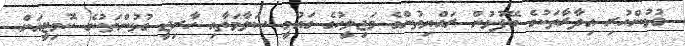
ގުޅުންހުރި އިދާރާތަކުގެ ބޭފުޅުން ރައްޔިތުންގެ މަޖިލީހުގެ ގައުމީ ސަލާމަތާއި ހާރިޖީ ގުޅުންތަކުގެ ކޮމިޓީއަށް